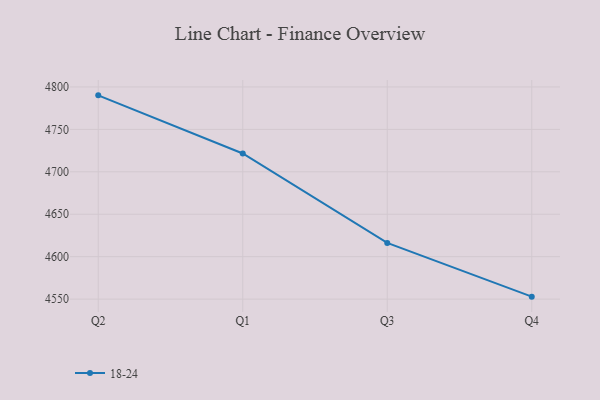
{"axis": {"x": "Quarter", "y": "Waste Production (Tons)"}, "legend": ["18-24"], "data": [{"x": "Q2", "y": 4790.1, "type": "18-24"}, {"x": "Q1", "y": 4721.6, "type": "18-24"}, {"x": "Q3", "y": 4616.2, "type": "18-24"}, {"x": "Q4", "y": 4552.9, "type": "18-24"}]}